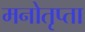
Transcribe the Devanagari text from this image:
मनोतृप्ता